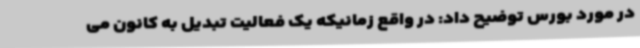
در مورد بورس توضیح داد: در واقع زمانیکه یک فعالیت تبدیل به کانون می